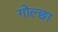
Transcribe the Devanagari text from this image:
गोल्छा